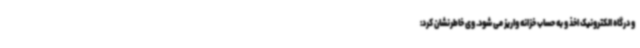
و درگاه الکترونیک اخذ و به حساب خزانه واریز می شود. وی خاطرنشان کرد: